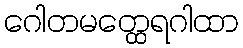
ဂေါတမတ္ထေရဂါထာ